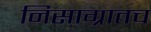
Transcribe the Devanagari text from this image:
निसाग्रातच